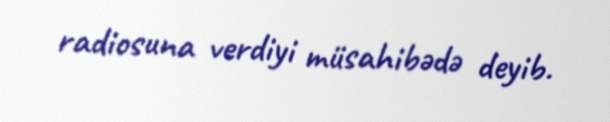
radiosuna verdiyi müsahibədə deyib.